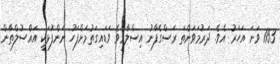
1153 ވަނަ އަހަރު އެވެ. ދަރުމަވަންތަ ރަސްގެފާނު އިސްލާމްވެ ވަޑައިގަތުމަށްފަހު ނަންފުޅަކީ އައްސުލްޠާން